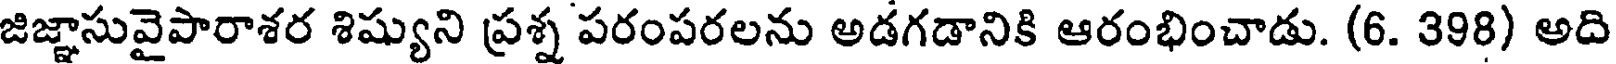
జిజ్ఞాసువైపారాశర శిష్యుని ప్రశ్న పరంపరలను అడగడానికి ఆరంభించాడు. (6. 398) అది